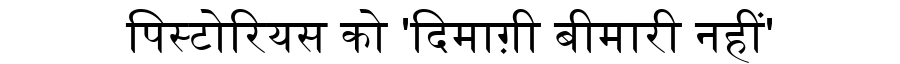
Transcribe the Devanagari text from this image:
पिस्टोरियस को 'दिमाग़ी बीमारी नहीं'